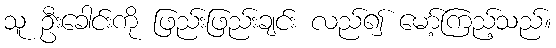
သူ ဦးခေါင်းကို ဖြည်းဖြည်းချင်း လည်၍ မော့်ကြည့်သည်။